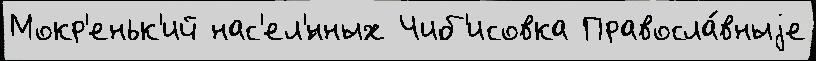
Мокр'еньк'ий нас'ел'́нных Чиб'исовка Правосла́вныjе